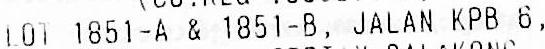
LOT 1851-A & 1851-B, JALAN KPB 6,